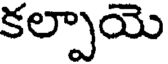
కల్పాయె